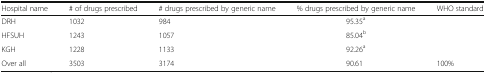
<table><thead><tr><td><b>Hospital name</b></td><td><b># of drugs prescribed</b></td><td><b># drugs prescribed by generic name</b></td><td><b>% drugs prescribed by generic name</b></td><td><b>WHO standard</b></td></tr></thead><tbody><tr><td>DRH</td><td>1032</td><td>984</td><td>95.35<sup>a</sup></td><td></td></tr><tr><td>HFSUH</td><td>1243</td><td>1057</td><td>85.04<sup>b</sup></td><td></td></tr><tr><td>KGH</td><td>1228</td><td>1133</td><td>92.26<sup>a</sup></td><td></td></tr><tr><td>Over all</td><td>3503</td><td>3174</td><td>90.61</td><td>100%</td></tr></tbody></table>